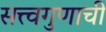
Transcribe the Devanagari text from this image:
सत्त्वगुणाची